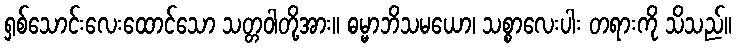
ရှစ်သောင်းလေးထောင်သော သတ္တဝါတို့အား။ ဓမ္မာဘိသမယော၊ သစ္စာလေးပါး တရားကို သိသည်။